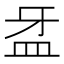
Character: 𥁆